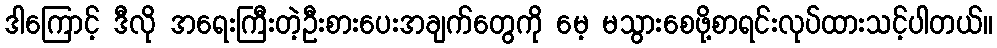
ဒါကြောင့် ဒီလို အရေးကြီးတဲ့ဦးစားပေးအချက်တွေကို မေ့ မသွားစေဖို့စာရင်းလုပ်ထားသင့်ပါတယ်။